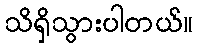
သိရှိသွားပါတယ်။